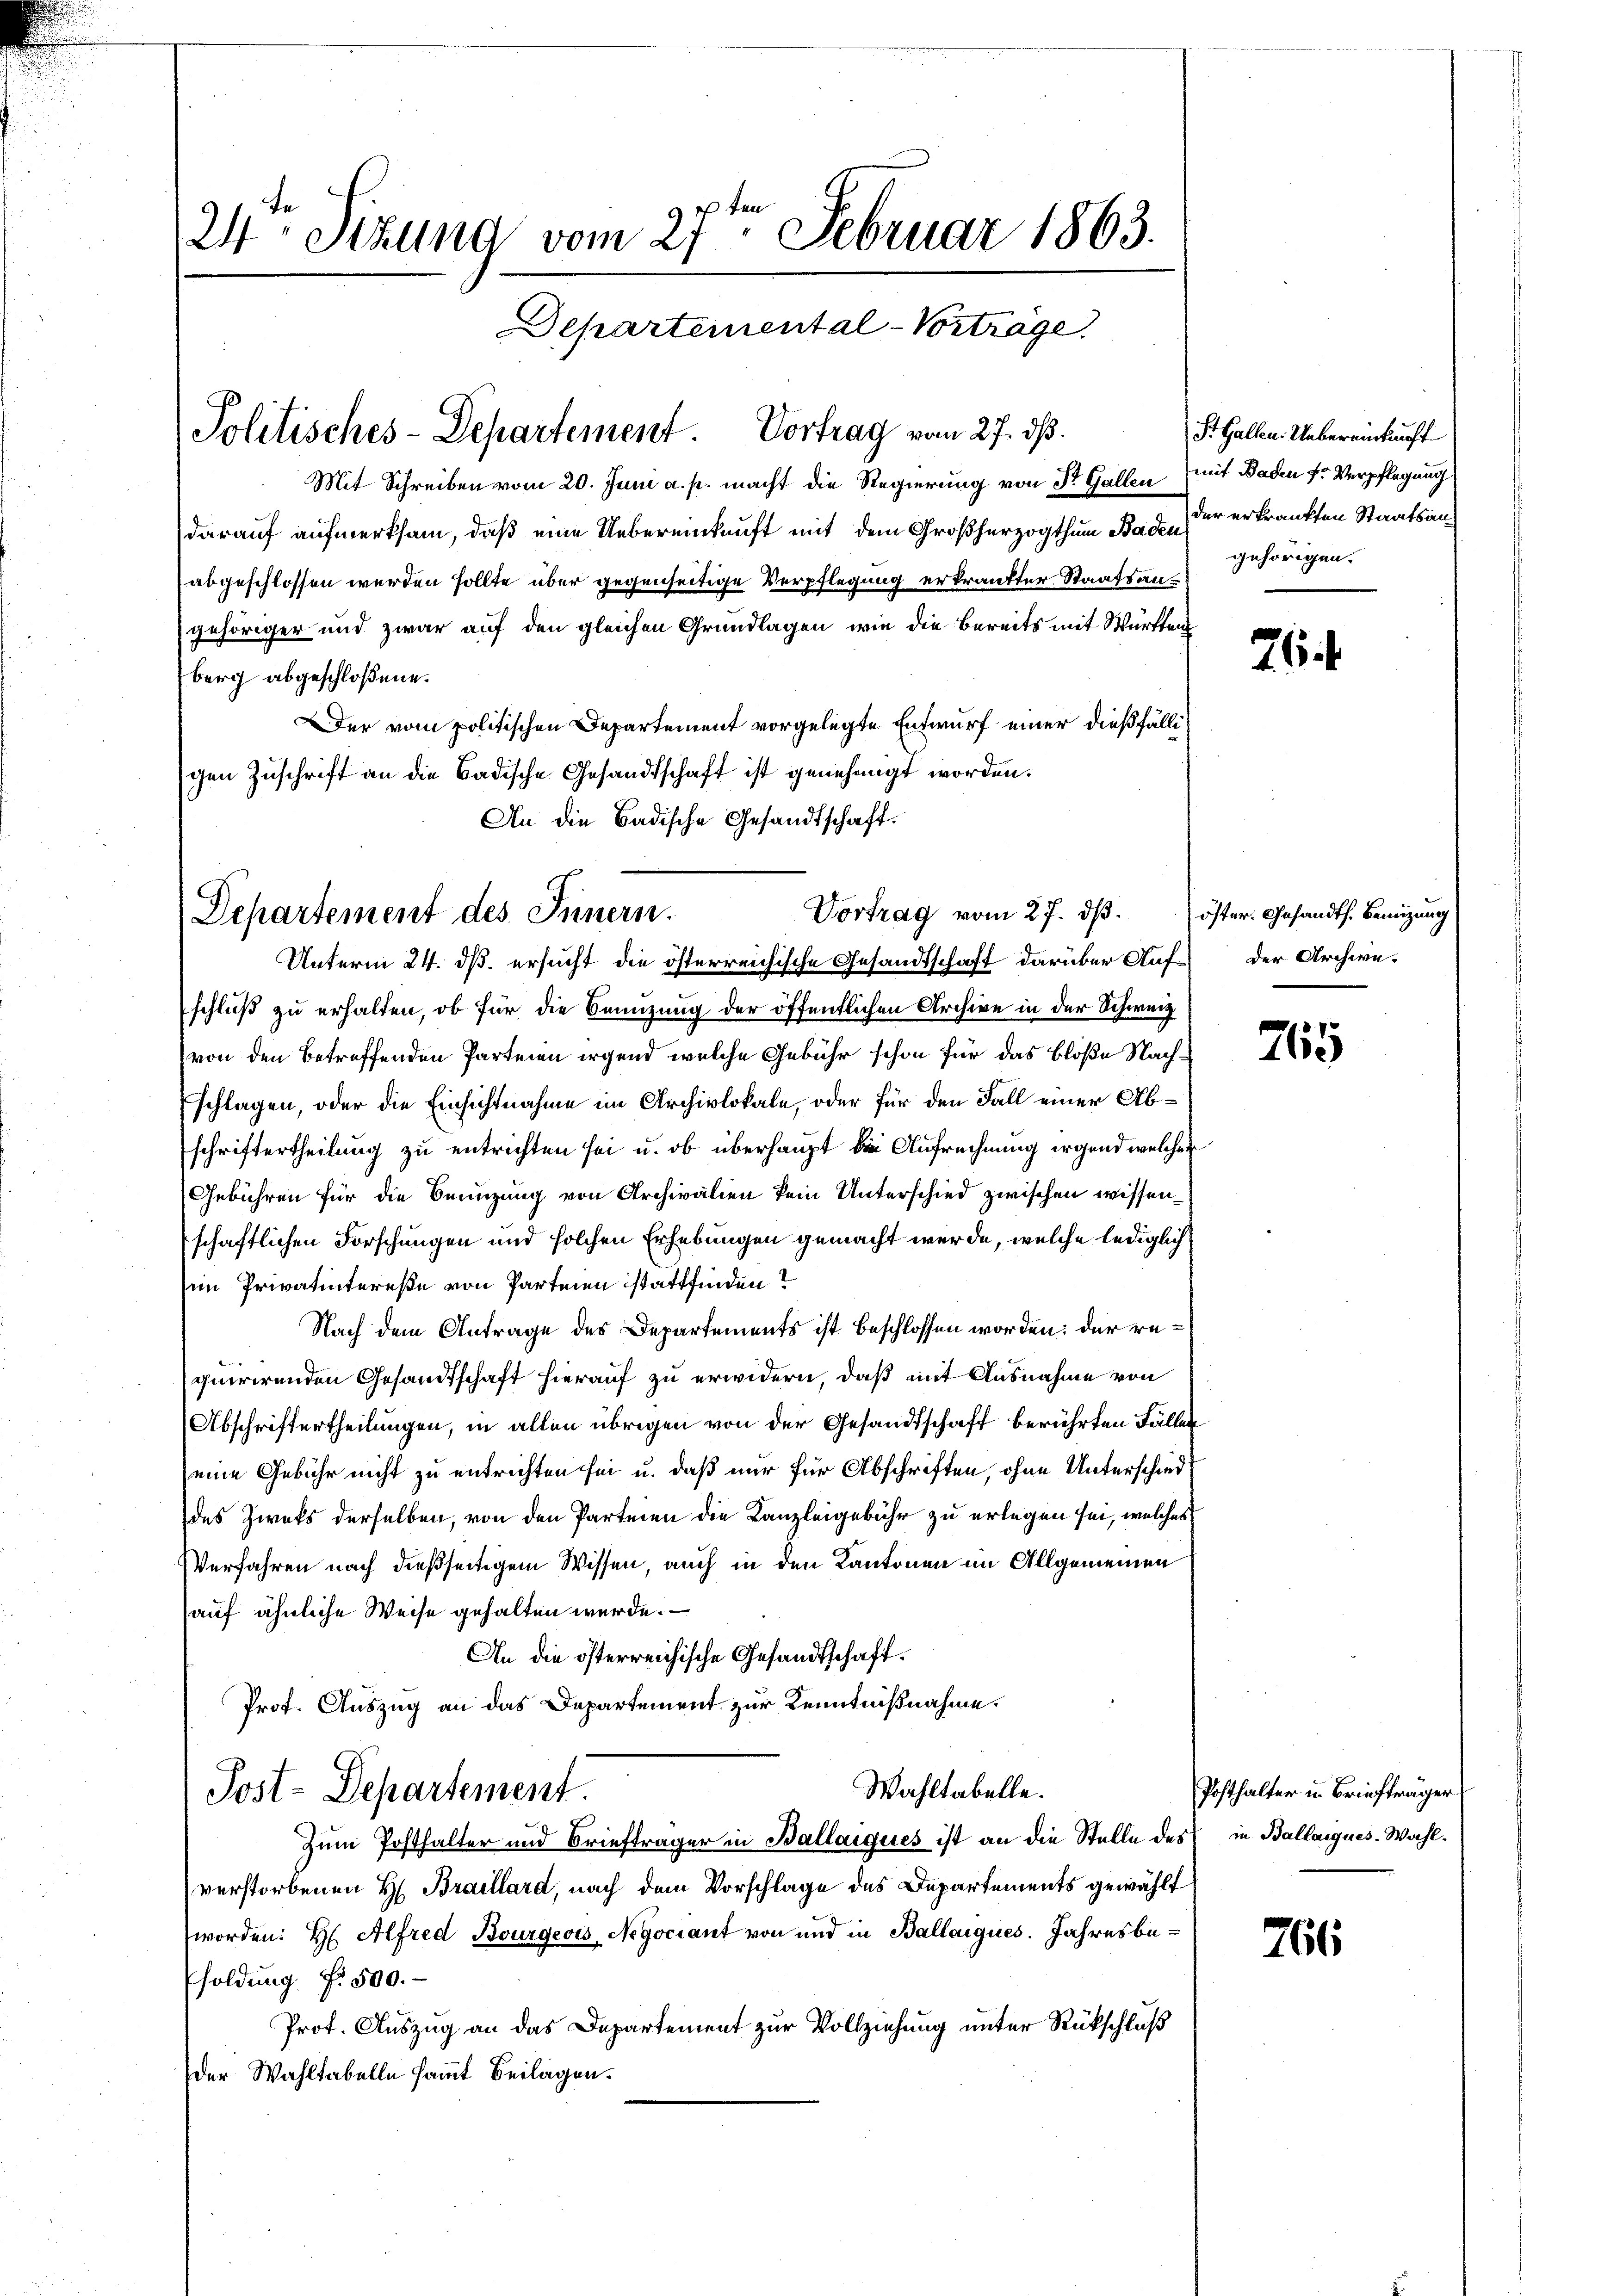
24ten Sizung vom 27te͇n Februar 1863.
Departemental-Vorträge

Mit Schreiben vom 20. Juni a. p. macht die Regierung von Dr. Gallen
darauf aufmerksam, daß eine Uebereinkunft mit dem Großherzogthum Bau der erkrankten Staatsanabgeschlossen werden sollte über gegenseitige Verpflegung erkrankter Staatsangehöriger und zwar auf den gleichen Grundlagen, wie die Bereits mit Württen
berg abgeschloßene.
Der vom politischen Departement vorgelegte Entwurf einer dießfällischen Zuschrift an die Badische Gesandtschaft ist genehmigt worden.
An die Badische Gesandtschaft.

Politisches-Departement Vortrag vom 27. ds.

Vortrag vom 27. dβ. öster. Gesandts. Benutzung
Departement des Innern.
Unterm 24. dß ersucht die österreichische Gesandtschaft darüber Auf¬

schluß zu erhalten, ob für die Benuzung der öffentlichen Archive in der Schweiz
von den betreffenden Parteien irgend welche Gebühr schon für das bloße Nachschlagen, oder die Einsichtnahme im Archivlokale, oder für den Fall einer Abschriftertheilung zu entrichten sei u. ob überhaupt die Aufrechnung irgend welcher
Gebühren für die Benuzung von Archivalien kein Unterschied zwischen wissenschaftlichen Forschungen und solchen Erhebungen gemacht werde, welche lediglich
im Privatintereße von Parteien stattfinden?
Nach dem Antrage des Departements ist beschlossen worden: der requirirenden Gesandtschaft hierauf zu erwidern, daß mit Ausnahme von
Abschriftertheilungen, in allen übrigen von der Gesandtschaft berührten Fällen
eine Gebühr nicht zu entrichten sei u. daß nur für Abschriften, ohne Unterschieddes Zwecks derselben, von den Parteien die Kanzleigebühr zu erlegen sei, welches
VVerfahren nach dießseitigem Wissen, auch in den Kantonen im Allgemeinen
auf ähnliche Weise gehalten werde.
An die österreichische Gesandtschaft.
Prof. Auszug an das Departement zur Kenntnißnahme.
Wahltabelle.
Post-Departement.
Zum Posthalter und Briefträger in Ballaiques ist an die Stelle des in Ballaigues. Wahl.
verstorbenen H. Braillard, nach dem Vorschlage des Departements gewählt
worden: H Alfred Bourgeois, Negociant von und in Ballaiques. Jahresbesoldung f. 500.
Prof. Auszug an das Departement zur Vollziehung unter Rückschluß
der Wahltabelle sammt Beilagen.

St. Gallen. Uebereinkunft
mit Baden fr. Verpflegung
gehörigen.

76

der Archive.

765

Posthalter in Briefträger

766